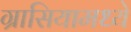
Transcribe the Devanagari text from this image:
ग्रासियामध्ये